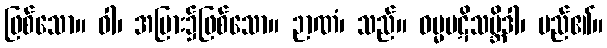
ဖြစ်သော။ ဝါ၊ အပြား၌ဖြစ်သော။ ဉာဏံ၊ သည်။ ဓမ္မပဋိသမ္ဘိဒါ၊ မည်၏။